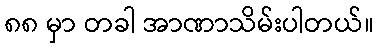
၈၈ မှာ တခါ အာဏာသိမ်းပါတယ်။